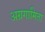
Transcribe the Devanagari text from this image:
अग्रगामिता